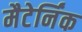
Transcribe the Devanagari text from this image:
मैटेर्निंक